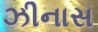
ઝીનાસ